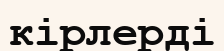
кірлерді